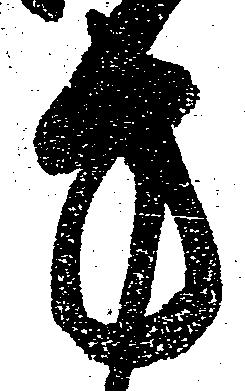
方